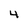
Character: 4